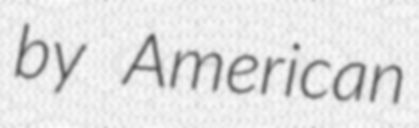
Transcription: by American